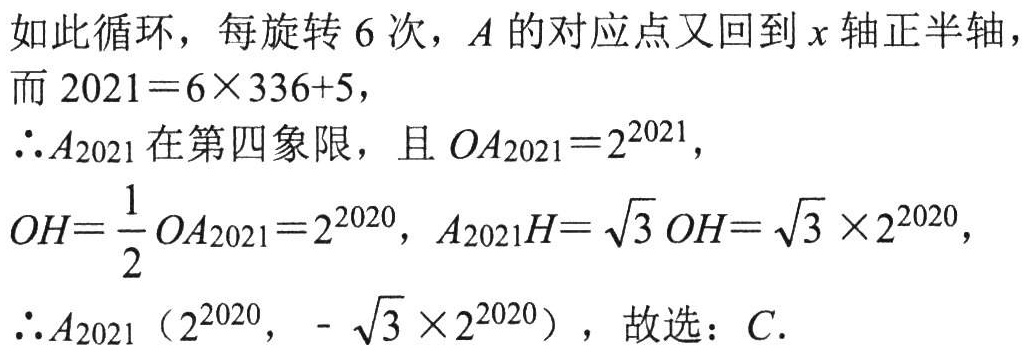
如此循环，每旋转\(6\)次，\(A\)的对应点又回到\(x\)轴正半轴，
而\(2021 = 6\times336 + 5\)，
\(\therefore A_{2021}\)在第四象限，且\(OA_{2021}=2^{2021}\)，
\(OH = \frac{1}{2}OA_{2021}=2^{2020}\)，\(A_{2021}H = \sqrt{3}OH=\sqrt{3}\times2^{2020}\)，
\(\therefore A_{2021}(2^{2020},-\sqrt{3}\times2^{2020})\)，故选：\(C\).